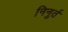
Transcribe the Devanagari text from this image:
निनुर्त